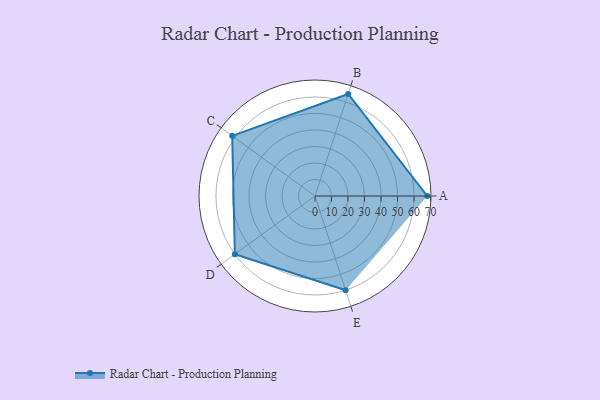
{"axis": {"x": "Skill", "y": "Score"}, "legend": ["Profile"], "data": [{"x": "A", "y": 68.0, "type": "Profile"}, {"x": "B", "y": 65.0, "type": "Profile"}, {"x": "C", "y": 62.0, "type": "Profile"}, {"x": "D", "y": 60.0, "type": "Profile"}, {"x": "E", "y": 60.0, "type": "Profile"}]}